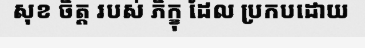
សុខ ចិត្ត របស់ ភិក្ខុ ដែល ប្រកបដោយ